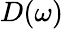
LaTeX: D(\omega)